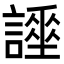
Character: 𧬡